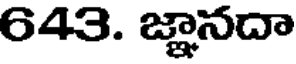
643. జ్ఞానదా